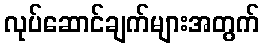
လုပ်ဆောင်ချက်များအတွက်